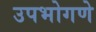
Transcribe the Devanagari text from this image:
उपभोगणे